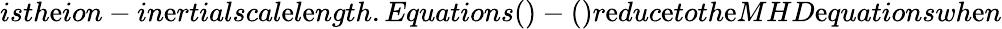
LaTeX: isth\mathrm{e}ion-in\mathrm{e}rtialscal\mathrm{e}l\mathrm{e}ngth.Equations()-()r\mathrm{e}duc\mathrm{e}toth\mathrm{e}MHD\mathrm{e}quationswh\mathrm{e}n